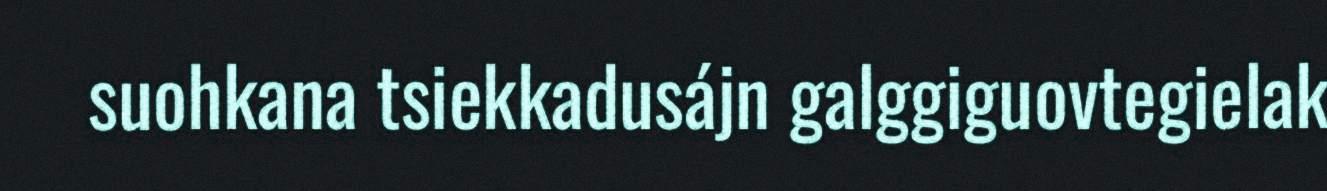
suohkana tsiekkadusájn galggiguovtegielak